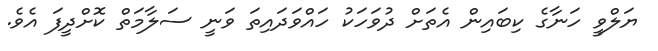
ޔަލްވީ ހަނާގެ ކިބައިން އެތަށް ދުވަހަކު ހައްވަދައިތަ ވަނީ ސަލާމަތް ކޮށްދީފަ އެވެ.